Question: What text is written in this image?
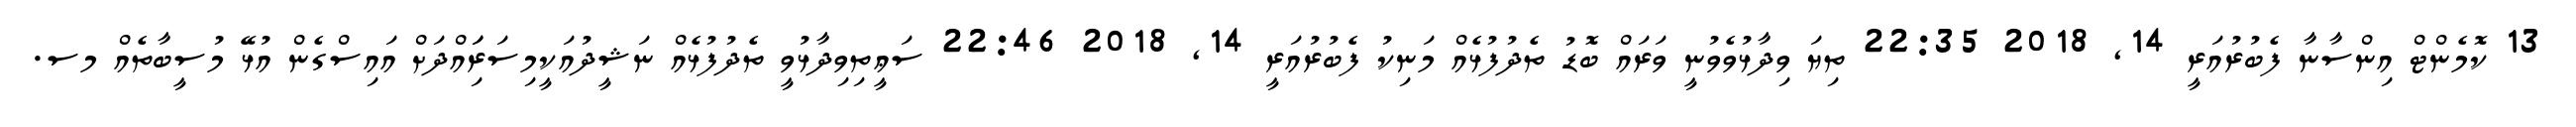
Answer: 13 ކޮމެންޓް އިންސާނާ ފެބުރުއަރީ 14, 2018 22:35 ތިޔަ ވިދާޅުވެވުނީ ވަރައް ބޮޑު ތެދުފުޅެއް މަނިކު ފެބުރުއަރީ 14, 2018 22:46 ސަޢީތިވިދާޅުވީ ތެދުފުޅެއް ނަޝީދުއަކީމިސަރަިައްދަށް އައިސްގެން އުޅޭ މުސީބާތެއް މސ.